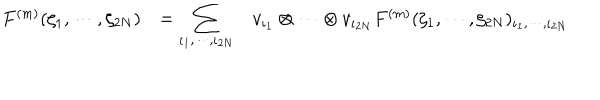
LaTeX: \begin{array} { r c l } { { F ^ { ( m ) } ( \zeta _ { 1 } , \cdots , \zeta _ { 2 N } ) } } & { { = \displaystyle \sum _ { \iota _ { 1 } , \cdots , \iota _ { 2 N } } } } & { { v _ { \iota _ { 1 } } \otimes \cdots \otimes v _ { \iota _ { 2 N } } F ^ { ( m ) } ( \zeta _ { 1 } , \cdots , \zeta _ { 2 N } ) _ { \iota _ { 1 } , \cdots , \iota _ { 2 N } } } } \\ \end{array}